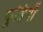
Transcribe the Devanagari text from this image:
कुञ्जियाँ